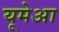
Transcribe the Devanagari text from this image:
यूमेआ